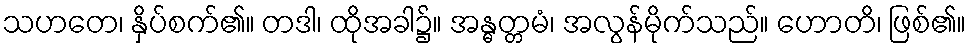
သဟတေ၊ နှိပ်စက်၏။ တဒါ၊ ထိုအခါ၌။ အန္ဓတ္တမံ၊ အလွန်မိုက်သည်။ ဟောတိ၊ ဖြစ်၏။